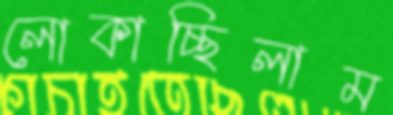
লোকাচ্ছিলাম